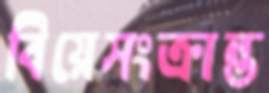
বিয়েসংক্রান্ত